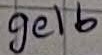
Text: gelb